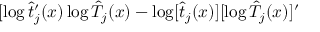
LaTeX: [ \log \hat { t } _ { j } ^ { \prime } ( x ) \log \hat { T } _ { j } ( x ) - \log [ \hat { t } _ { j } ( x ) ] [ \log \hat { T } _ { j } ( x ) ] ^ { \prime }